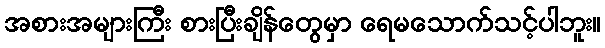
အစားအများကြီး စားပြီးချိန်တွေမှာ ရေမသောက်သင့်ပါဘူး။